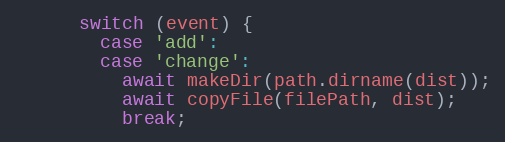
Language: JavaScript
      switch (event) {
        case 'add':
        case 'change':
          await makeDir(path.dirname(dist));
          await copyFile(filePath, dist);
          break;